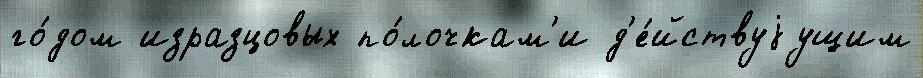
го́дом изразцовых по́лочкам'и д'е́йствуjущим